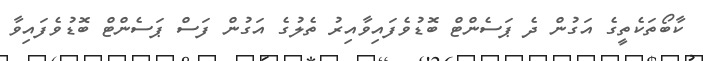
ކާބޯތަކެތީގެ އަގުން ދެ ޕަސެންޓް ބޮޑުވެފައިވާއިރު ތެލުގެ އަގުން ފަސް ޕަސެންޓް ބޮޑުވެފައިވާ